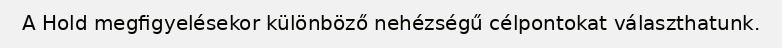
A Hold megfigyelésekor különböző nehézségű célpontokat választhatunk.